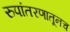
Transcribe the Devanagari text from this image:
रुपांतरणातूनच